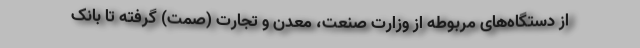
از دستگاه‌های مربوطه از وزارت صنعت، معدن و تجارت (صمت) گرفته تا بانک